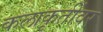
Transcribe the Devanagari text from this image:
कलाकृतींवर